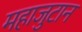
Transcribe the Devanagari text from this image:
महाजुटान